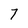
Character: 7